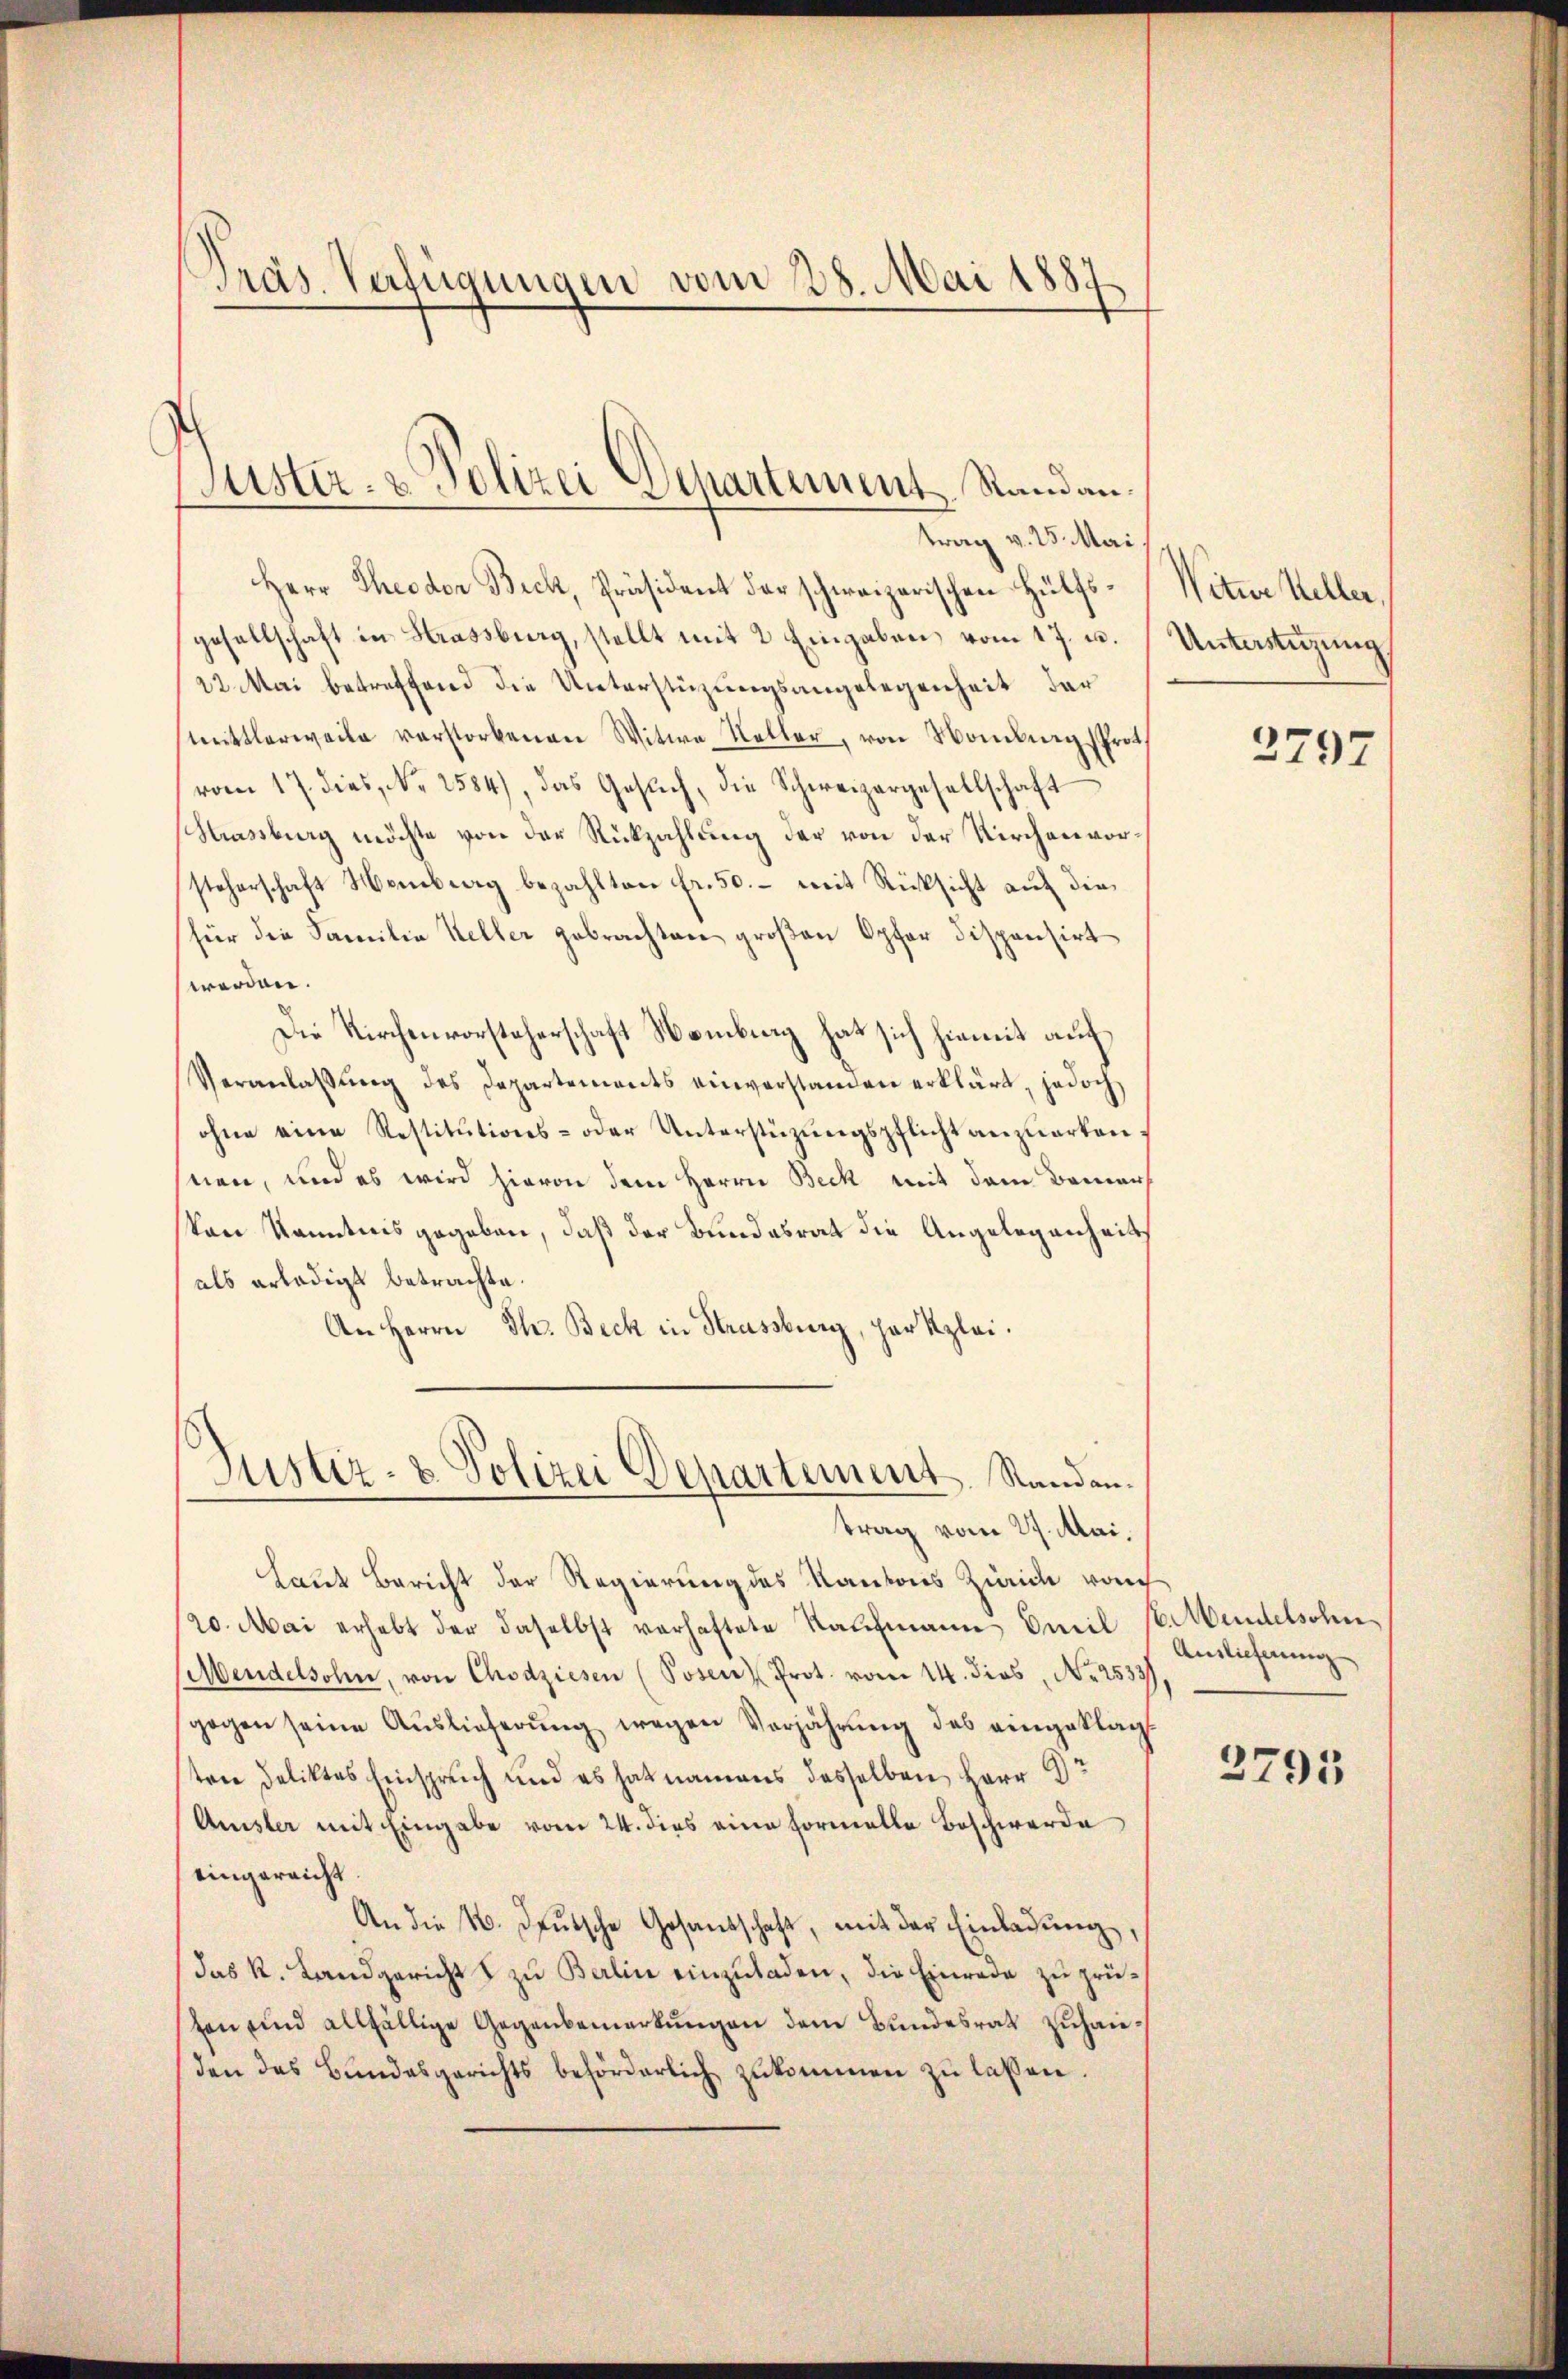
Präs. Verfügungen vom 28. Mai 1887

Jüster- & Polizei Departement Randantrag v. 25. Mai

Herr Theodor Beck, Präsident der schweizerischen Hülfsgesellschaft in Strassburg, stellt mit 2 Eingaben vom 17. u.
22. Mai betreffend die Unterstüzungsangelegenheit der
mittlerweile verstorbenen Witwe Keller, von Nomburg Prot.
vom 17. dies, No 2584), das Gesŭch, die Schweizergesellschaft
Strassburg möchte von der Rückzahlung der von der Kirchenvorsteherschaft Hemberg bezahlten fr. 50. – mit Rücksicht auf die
für die Familie Keller gebrachten großen Opfer dispensirt
werden.
Die Kirchenvorsteherschaft Namburg hat sich hiemit auf
Veranlaβŭng des Departements einverstanden erklärt, jedoch
ohne eine Restitŭtions- oder Unterstüzŭngspflicht anzŭerten:
nen, und es wird hievon dem Herrn Beck mit dem Bemervon kanntnis gegeben, daß der Bundesrat die Angelegenheits
als erledigt betrachte.
An Herrn Th. Beck in Strassburg, par tzlei.
Justiz- & Polizei Departement. Standen.
trag vom 27. Mai,
Laut Bericht der Regierung des Kantons Zürich vom
/20. Mai erhebt der daselbst verhaftete Kaufmann Emil S. Mandelsohn,
Mendelsohn, von Chodziesen (Posen Prot. vom 14. dies, No. 2533),
gegen seine Auslieferung wegen Verjährung des eingeklagt
sten Deliktes Einspruch und es hat namens desselben Herr Ar
Amsler mit Eingabe vom 24. dies eine Formelle Beschwerde
eingereicht.
An die N. Deutsche Gesandschaft, mit der Einladung,
das k. Landgericht & zu Berlin einzuladen, die Einrede zu prüten und allfällige Gegenbemerkungen dem Bundesrat zuhauden das Bundesgerichts behörderlich zukommen zu laßen.

Nitwe Keller,
Unterstüzung

2797

Auslieferung

2795